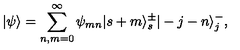
| \psi \rangle = \sum _ { n , m = 0 } ^ { \infty } \psi _ { m n } | s + m \rangle _ { s } ^ { \pm } | - j - n \rangle _ { j } ^ { - } , \nonumber